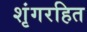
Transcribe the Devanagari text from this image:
शृंगरहित